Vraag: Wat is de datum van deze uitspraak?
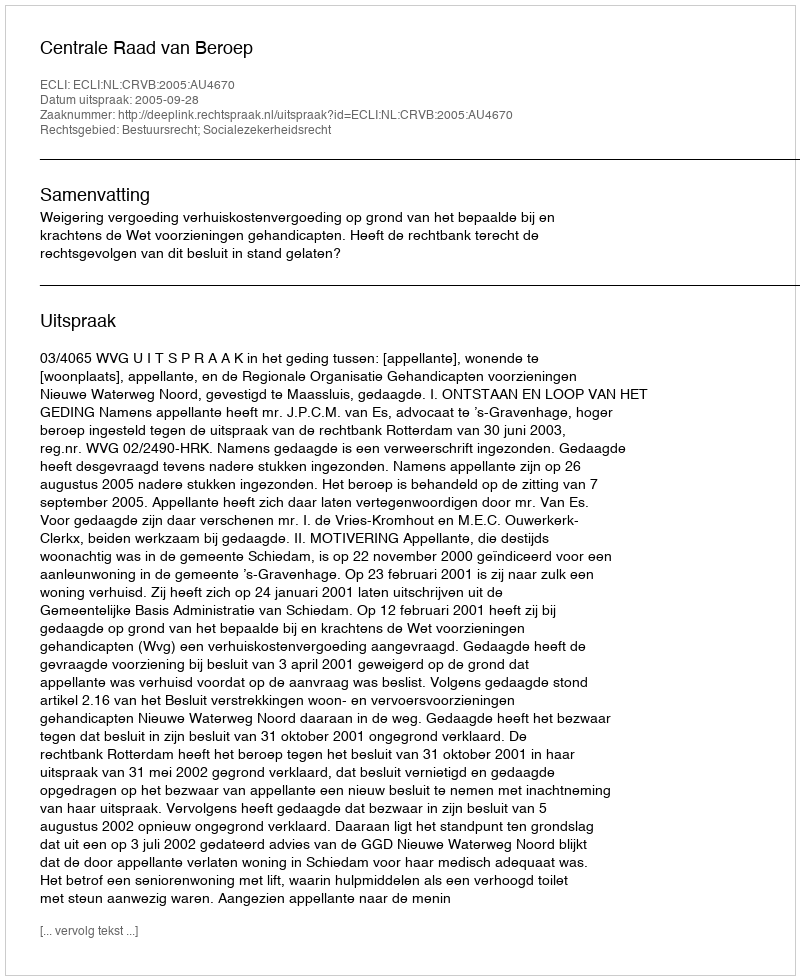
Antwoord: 2005-09-28